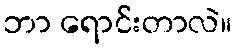
ဘာ ရောင်းတာလဲ။